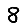
Digit: 8